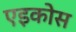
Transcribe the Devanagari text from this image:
एइकोस